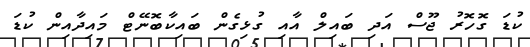
ކުޑަ ގޮހޮރު ޖޫސް އަދި ބައިލް އާއި ގުޅިގެން ބައިކާބޮނޭޓް މައިދާއިން ކުޑަ